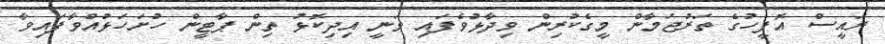
ރައީސް އޮފީހުގެ ތަރުޖަމާން މީގެކުރިން ވިދާޅުވެފައި ވަނީ އިދިކޮޅު ތިން ޕާޓީން ހުށަހަޅުއްވާފައިވާ